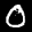
Label: 0